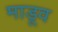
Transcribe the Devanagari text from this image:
माडूव